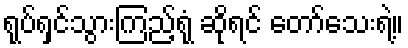
ရုပ်ရှင်သွားကြည့်ရုံ ဆိုရင် တော်သေးရဲ့။